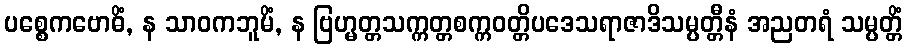
ပစ္စေကဗောဓိံ, န သာဝကဘူမိံ, န ဗြဟ္မတ္တသက္ကတ္တစက္ကဝတ္တိပဒေသရာဇာဒိသမ္ပတ္တီနံ အညတရံ သမ္ပတ္တိံ